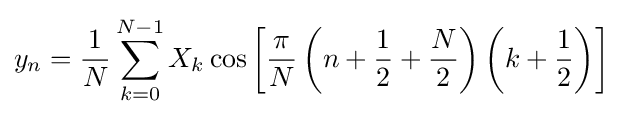
y_{n}={\frac {1}{N}}\sum _{k=0}^{N-1}X_{k}\cos \left[{\frac {\pi }{N}}\left(n+{\frac {1}{2}}+{\frac {N}{2}}\right)\left(k+{\frac {1}{2}}\right)\right]